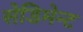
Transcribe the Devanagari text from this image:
सेडिमेन्ट